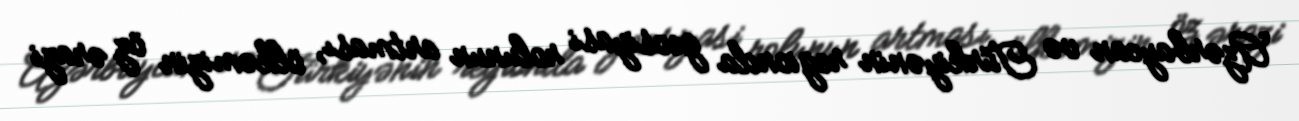
Azərbaycan və Türkiyənin regionda geosiyasi rolunun artması, ölkəmizin öz ərazi